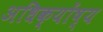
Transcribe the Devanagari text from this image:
अधिक्योंष्य